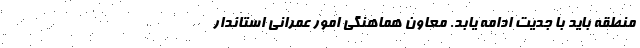
منطقه باید با جدیت ادامه یابد. معاون هماهنگی امور عمرانی استاندار